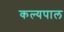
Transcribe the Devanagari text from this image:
कल्यपाल